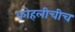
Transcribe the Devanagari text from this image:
कोहलीचीच